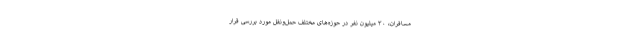
مسافران، ۳۰ میلیون نفر در حوزه‌های مختلف حمل‌ونقل مورد بررسی قرار